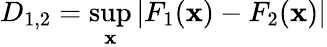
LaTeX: D_{1,2}=\operatorname*{sup}_{\mathbf{x}}|F_{1}(\mathbf{x})-F_{2}(\mathbf{x})|